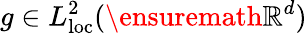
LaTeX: g\in L_{\mathrm{loc}}^{2}(\ensuremath{\mathbb{R}^{d}})